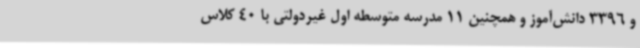
و 3396 دانش‌آموز و همچنین 11 مدرسه متوسطه اول غیردولتی با 40 کلاس